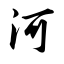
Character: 河